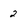
Character: 2